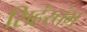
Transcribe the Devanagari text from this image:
सिहंस्तंभ